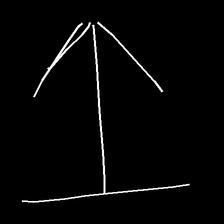
Glyph: levitation